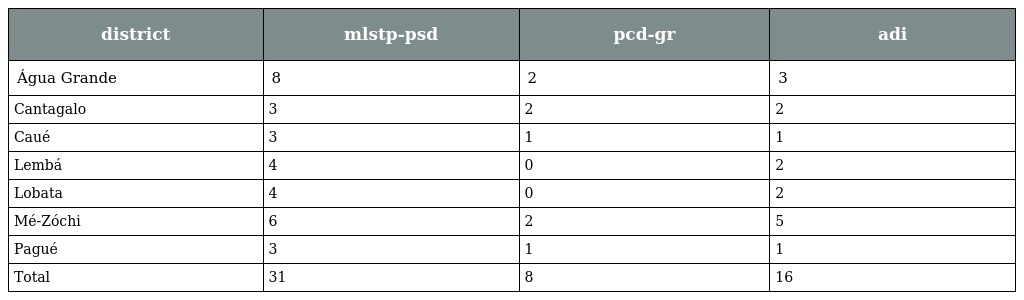
| district | mlstp-psd | pcd-gr | adi |
 | --- | --- | --- | --- |
 | Água Grande | 8 | 2 | 3 |
 | Cantagalo | 3 | 2 | 2 |
 | Caué | 3 | 1 | 1 |
 | Lembá | 4 | 0 | 2 |
 | Lobata | 4 | 0 | 2 |
 | Mé-Zóchi | 6 | 2 | 5 |
 | Pagué | 3 | 1 | 1 |
 | Total | 31 | 8 | 16 |